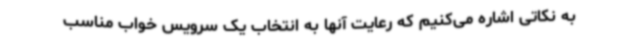
به نکاتی اشاره می‌کنیم که رعایت آنها به انتخاب یک سرویس خواب مناسب